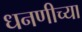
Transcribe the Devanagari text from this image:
धनणीच्या